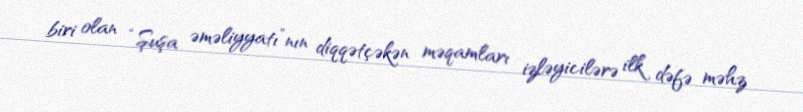
biri olan “Şuşa əməliyyatı”nın diqqətçəkən məqamları izləyicilərə ilk dəfə məhz